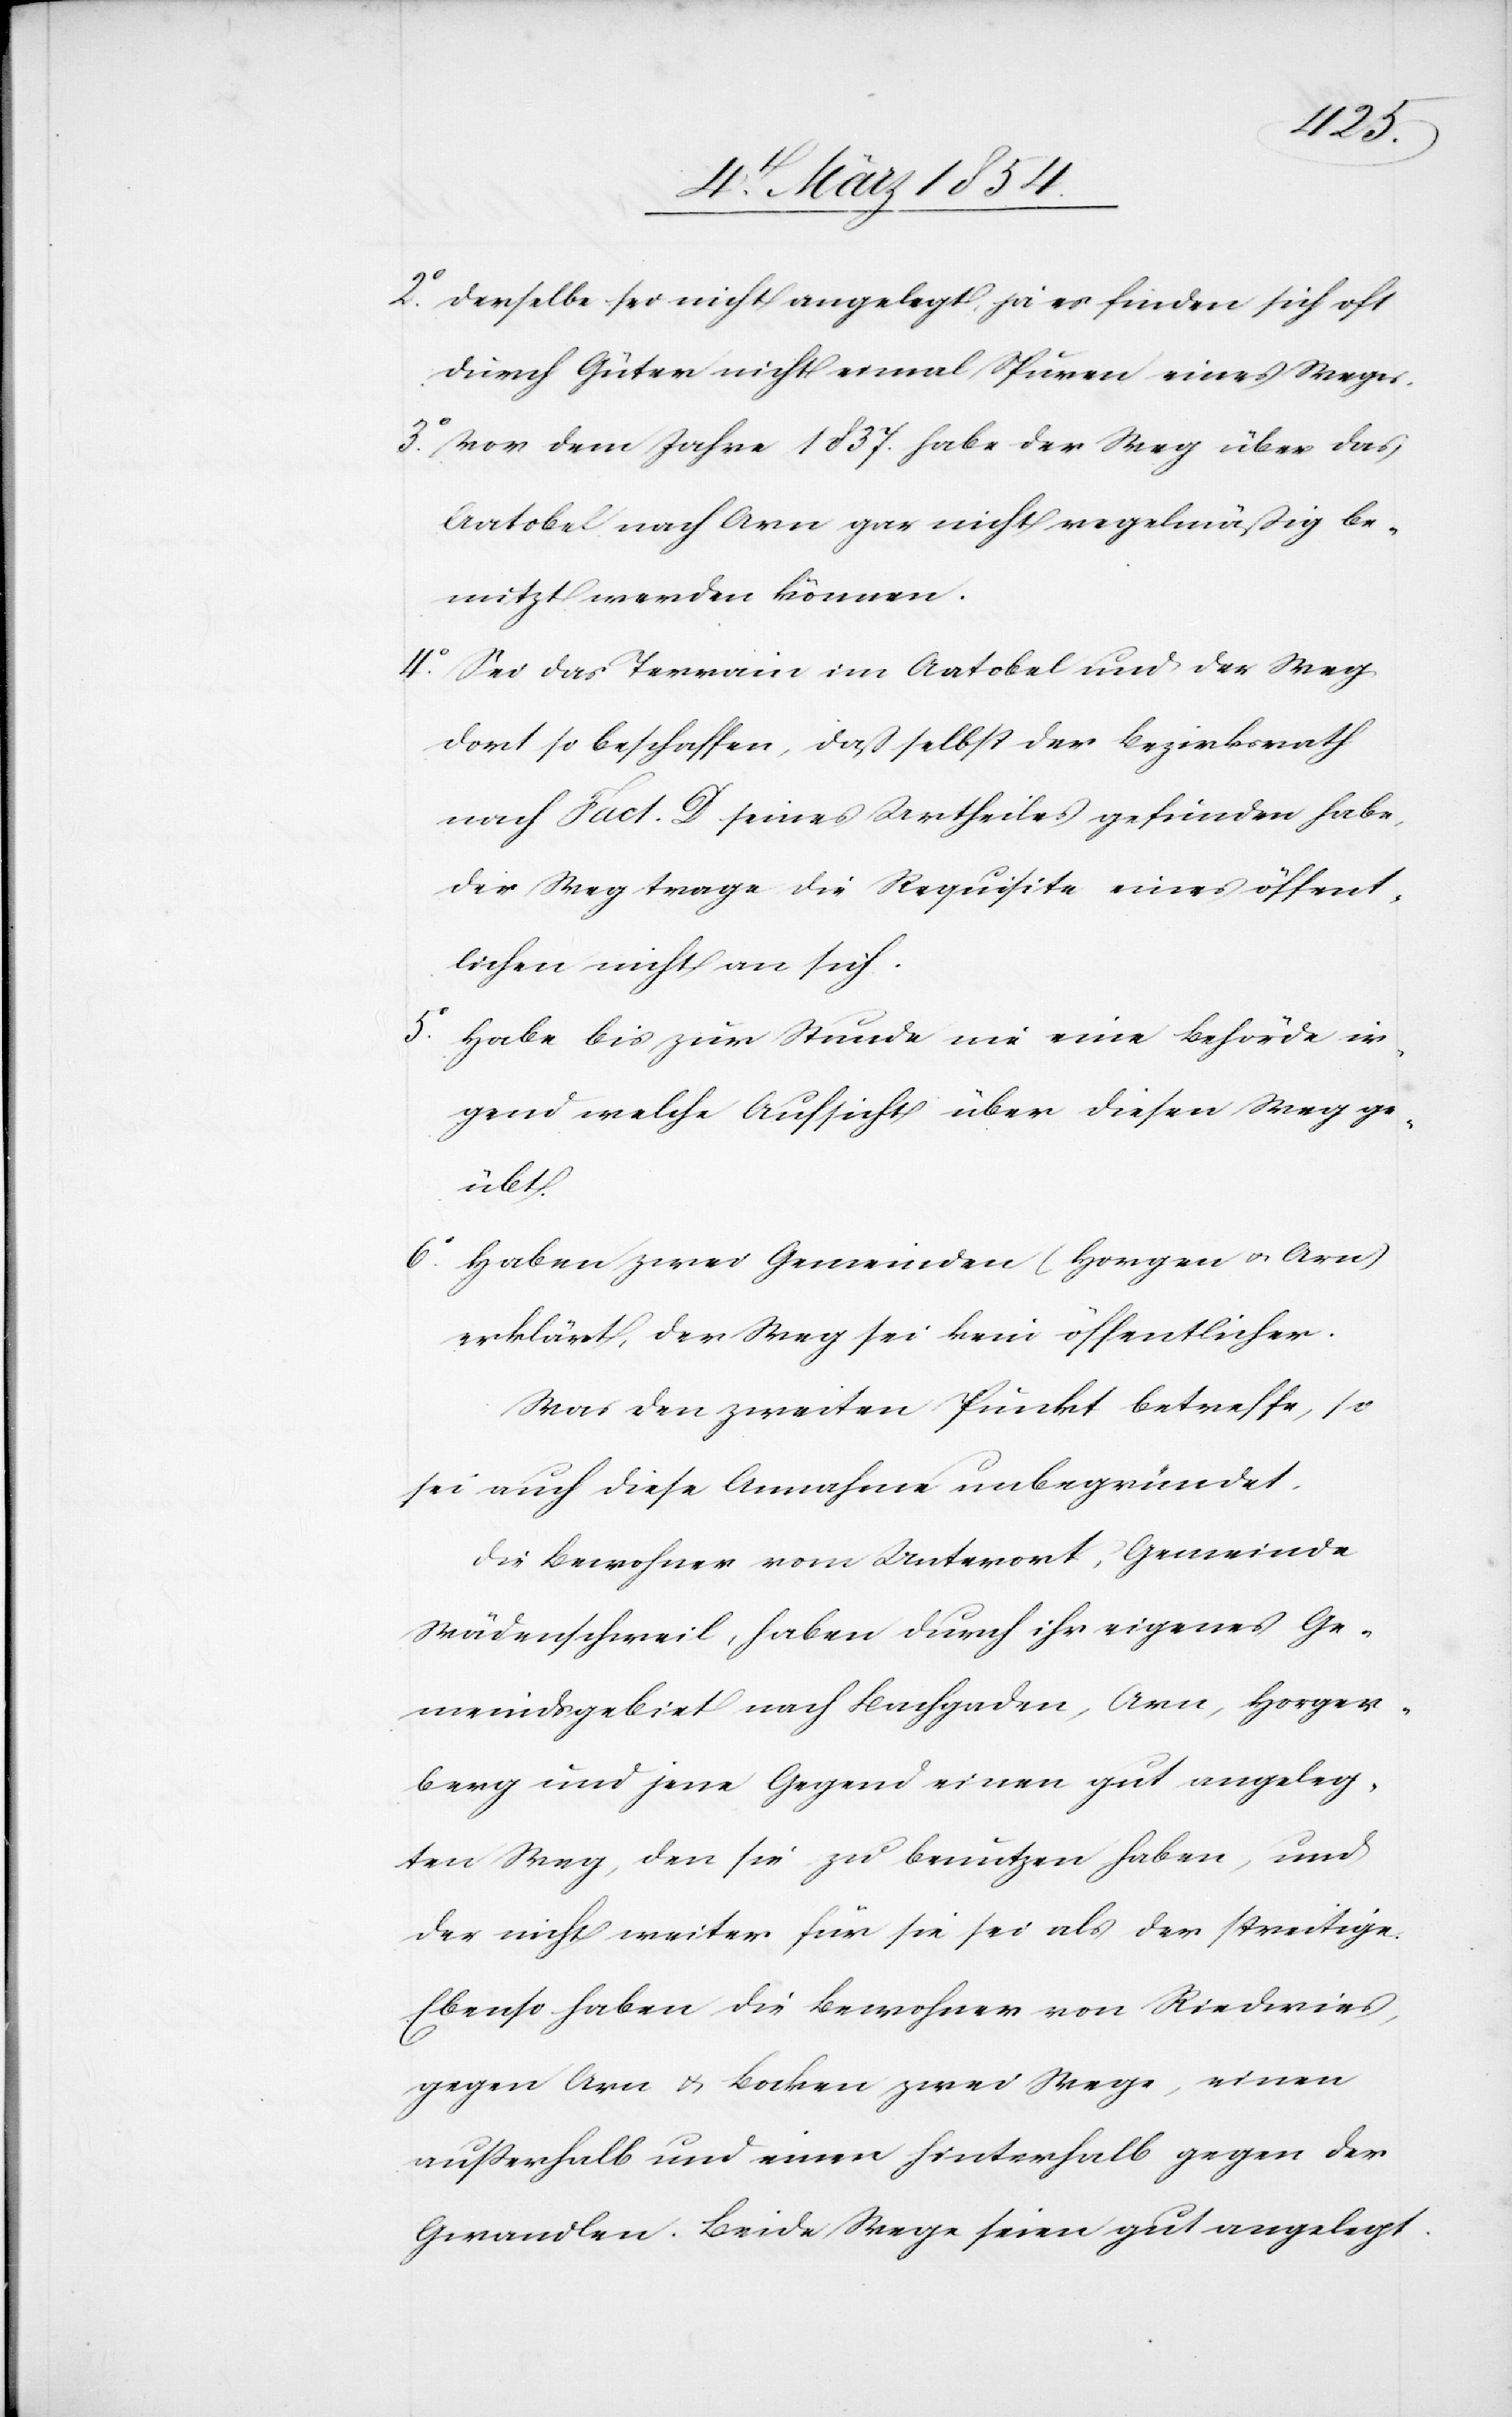
2o Derselbe sei nicht angelegt, ja es finden sich oft
durch Güter nicht einmal Spuren eines Weges.
3o Vor dem Jahre 1837. habe der Weg über das
Aatobel nach Arn gar nicht regelmäßig be¬
nutzt werden können.
4o Sei das Terrain im Aatobel und der Weg
dort so beschaffen, daß selbst der Bezirksrath
nach Fact. D seines Urtheiles gefunden habe,
der Weg trage die Requisite eines öffent¬
lichen nicht an sich.
5o Habe bis zur Stunde nie eines Behörde ir¬
gend welche Aufsicht über diesen Weg ge¬
übt.
6o Haben zwei Gemeinden (Horgen u. Arn)
erklärt, der Weg sei kein öffentlicher.
Was den zweiten Punkt betreffe, so
sei auch diese Annahme unbegründet.
Die Bewohner vom Unterort, Gemeinde
Wädenschweil, haben durch ihr eigenes Ge¬
meindsgebiet nach Bachgaden, Arn, Horgen¬
berg und jene Gegend einen gut angeleg¬
ten Weg, den sie zu benutzen haben, und
der nicht weiter für sie sei als der streitige.
Ebenso haben die Bewohner von Riedwies,
gegen Arn u. Bocken zwei Wege, einen
außerhalb und einen hinterhalb gegen der
Gwandlen. Beide Wege seien gut angelegt